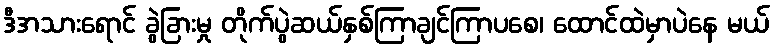
ဒီအသားရောင် ခွဲခြားမှု တိုက်ပွဲဆယ်နှစ်ကြာချင်ကြာပစေ၊ ထောင်ထဲမှာပဲနေ မယ်